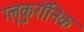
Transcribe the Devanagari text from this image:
ग्लूकुरॉनिक